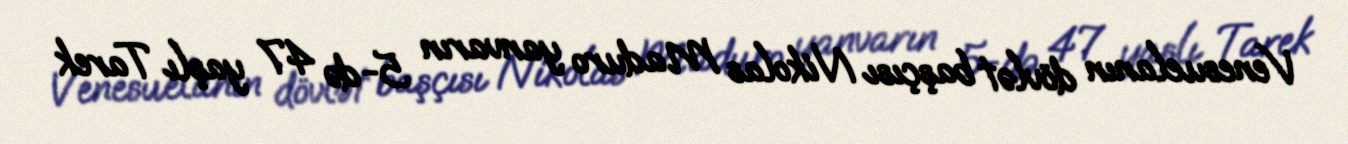
Venesuelanın dövlət başçısı Nikolas Maduro yanvarın 5-də 47 yaşlı Tarek